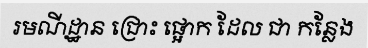
រមណីដ្ឋាន ជ្រោះ ផ្អោក ដែល ជា កន្លែង